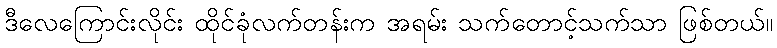
ဒီလေကြောင်းလိုင်း ထိုင်ခုံလက်တန်းက အရမ်း သက်တောင့်သက်သာ ဖြစ်တယ်။